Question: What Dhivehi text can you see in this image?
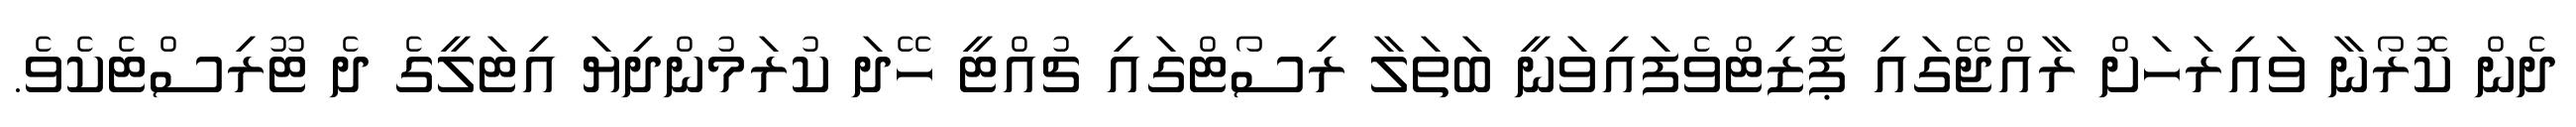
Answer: ދެން ކޮރޯނާ ވައިރަހަށް ރާއްޖޭގައި ޕޮޒިޓްވެފައިވަނީ ބަތަލާ ރިސޯޓްގައި ޗުއްޓީ ހޭދަ ކުރަމުންދިޔަ އިޓަލީގެ ދެ ޓޫރިސްޓެކެވެ.